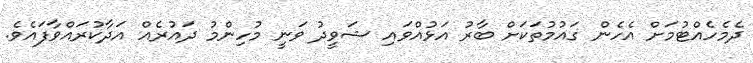
ދެމެހެއްޓުމަށް އެހެން ގައުމުތަކަށް ބާރު އަޅުއްވައި ޝަވީދު ވަނީ މުހިންމު ދައުރެއް އަދާކުރައްވާފައެވެ.